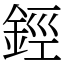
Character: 鋞